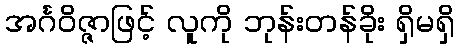
အင်္ဂဝိဇ္ဇာဖြင့် လူကို ဘုန်းတန်ခိုး ရှိမရှိ